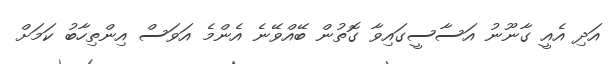
އަދި އެއީ ގާނޫނު އަސާސީގައިވާ ގޮތުން ބޭއްވޭނެ އެންމެ އަވަސް އިންތިހާބު ކަމަށް